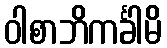
ဝါစာဘိကင်္ခါမိ